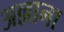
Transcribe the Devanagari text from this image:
अल्लाना